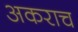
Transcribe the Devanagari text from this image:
अकराच